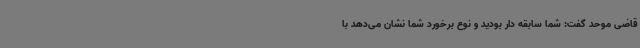
قاضی موحد گفت: شما سابقه دار بودید و نوع برخورد شما نشان می‌دهد با